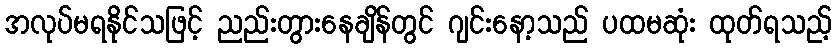
အလုပ်မရနိုင်သဖြင့် ညည်းတွားနေချိန်တွင် ဂျင်းနော့သည် ပထမဆုံး ထုတ်ရသည့်